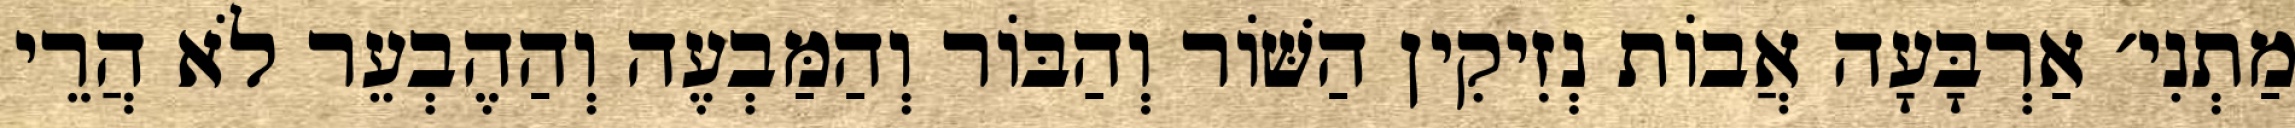
מַתְנִי׳ אַרְבָּעָה אֲבוֹת נְזִיקִין הַשּׁוֹר וְהַבּוֹר וְהַמַּבְעֶה וְהַהֶבְעֵר לֹא הֲרֵי